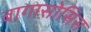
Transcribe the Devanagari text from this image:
बागासोसिस